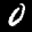
Label: 0